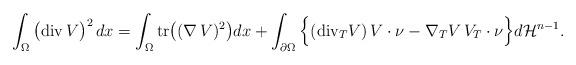
LaTeX: \begin{align*} \int_\Omega\big(\mathrm{div}\,V\big)^2 \,dx=\int_\Omega\mathrm{tr}\big((\nabla\,V)^2\big)dx+\int_{\partial\Omega}\Big\{(\mathrm{div}_T V)\,V\cdot\nu- \nabla_T V\, V_T \cdot \nu \Big\}d\mathcal{H}^{n-1}.\end{align*}